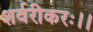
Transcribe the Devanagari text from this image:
शर्वरीकरः।।